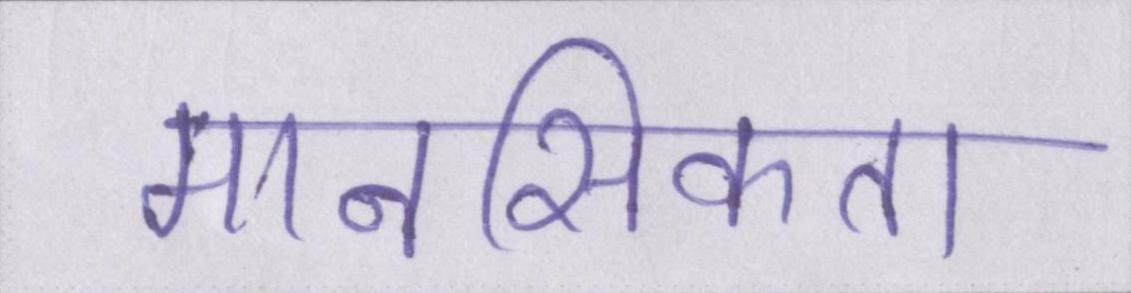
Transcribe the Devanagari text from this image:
मानसिकता